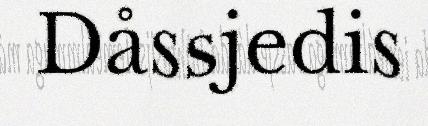
Dåssjedis